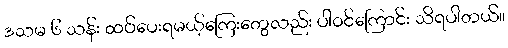
ဒသမ ၆ သန်း ထပ်ပေးရမယ့်ကြေးတွေလည်း ပါဝင်ကြောင်း သိရပါတယ်။